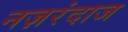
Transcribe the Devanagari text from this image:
नज़रंदाज